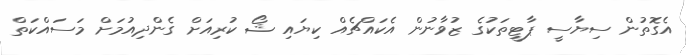
އެގޮތުން ސިޔާސީ ޕާޓީތަކުގެ ޒުވާނުން އެކައްޗެއް ކިޔައި ޝޯ ކުރިއަށް ގެންދިއުމަށް މަސައްކަތް